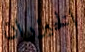
الخيزران